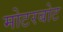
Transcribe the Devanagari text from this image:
मोटरबोट